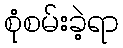
စုံစမ်းခဲ့ရာ